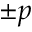
\pm p